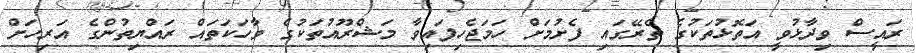
ރައީސް ވިދާޅުވީ އަތޮޅުތަކުގެ ތެރޭގައި ފެށުމަށް ހަމަޖެހިފައިވާ މަޝްރޫއުތަކުގެ ވާހަކަތައް ރައްޔިތުންގެ އަރިހަށް